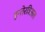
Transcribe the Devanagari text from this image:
इन्तेरत्रिअल